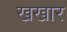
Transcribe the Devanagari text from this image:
खखार